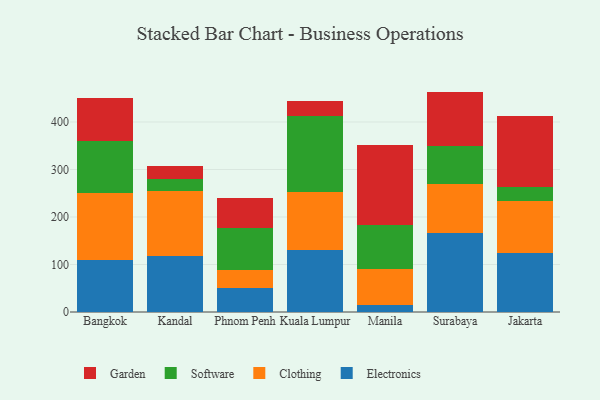
{"axis": {"x": "City", "y": "Latency (ms)"}, "legend": ["Clothing", "Electronics", "Garden", "Software"], "data": [{"x": "Bangkok", "y": 110.4, "type": "Electronics"}, {"x": "Bangkok", "y": 140.4, "type": "Clothing"}, {"x": "Bangkok", "y": 110.1, "type": "Software"}, {"x": "Bangkok", "y": 90.6, "type": "Garden"}, {"x": "Kandal", "y": 117.1, "type": "Electronics"}, {"x": "Kandal", "y": 138.6, "type": "Clothing"}, {"x": "Kandal", "y": 24.9, "type": "Software"}, {"x": "Kandal", "y": 25.9, "type": "Garden"}, {"x": "Phnom Penh", "y": 50.8, "type": "Electronics"}, {"x": "Phnom Penh", "y": 38.4, "type": "Clothing"}, {"x": "Phnom Penh", "y": 86.7, "type": "Software"}, {"x": "Phnom Penh", "y": 65.0, "type": "Garden"}, {"x": "Kuala Lumpur", "y": 129.5, "type": "Electronics"}, {"x": "Kuala Lumpur", "y": 122.5, "type": "Clothing"}, {"x": "Kuala Lumpur", "y": 161.4, "type": "Software"}, {"x": "Kuala Lumpur", "y": 31.4, "type": "Garden"}, {"x": "Manila", "y": 14.1, "type": "Electronics"}, {"x": "Manila", "y": 76.3, "type": "Clothing"}, {"x": "Manila", "y": 93.0, "type": "Software"}, {"x": "Manila", "y": 169.1, "type": "Garden"}, {"x": "Surabaya", "y": 166.6, "type": "Electronics"}, {"x": "Surabaya", "y": 102.5, "type": "Clothing"}, {"x": "Surabaya", "y": 81.0, "type": "Software"}, {"x": "Surabaya", "y": 113.9, "type": "Garden"}, {"x": "Jakarta", "y": 124.5, "type": "Electronics"}, {"x": "Jakarta", "y": 109.8, "type": "Clothing"}, {"x": "Jakarta", "y": 29.7, "type": "Software"}, {"x": "Jakarta", "y": 148.3, "type": "Garden"}]}